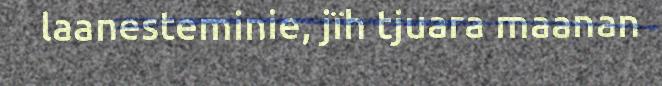
laanesteminie, jïh tjuara maanan